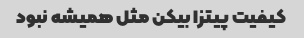
کیفیت پیتزا بیکن مثل همیشه نبود